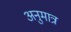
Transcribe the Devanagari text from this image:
अनुमात्र